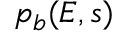
{ p } _ { b } ( E , s )